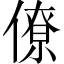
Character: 僚